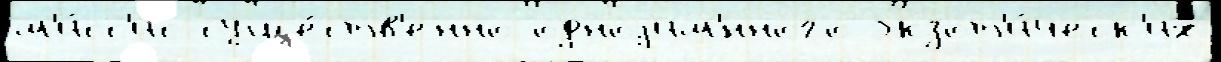
м'и́сс'ис суще́ств'енно одноjим'́нного экзот'и́ческ'их